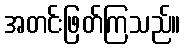
အတင်းဖြတ်ကြသည်။